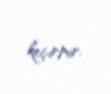
keçirmir.